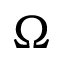
\Omega